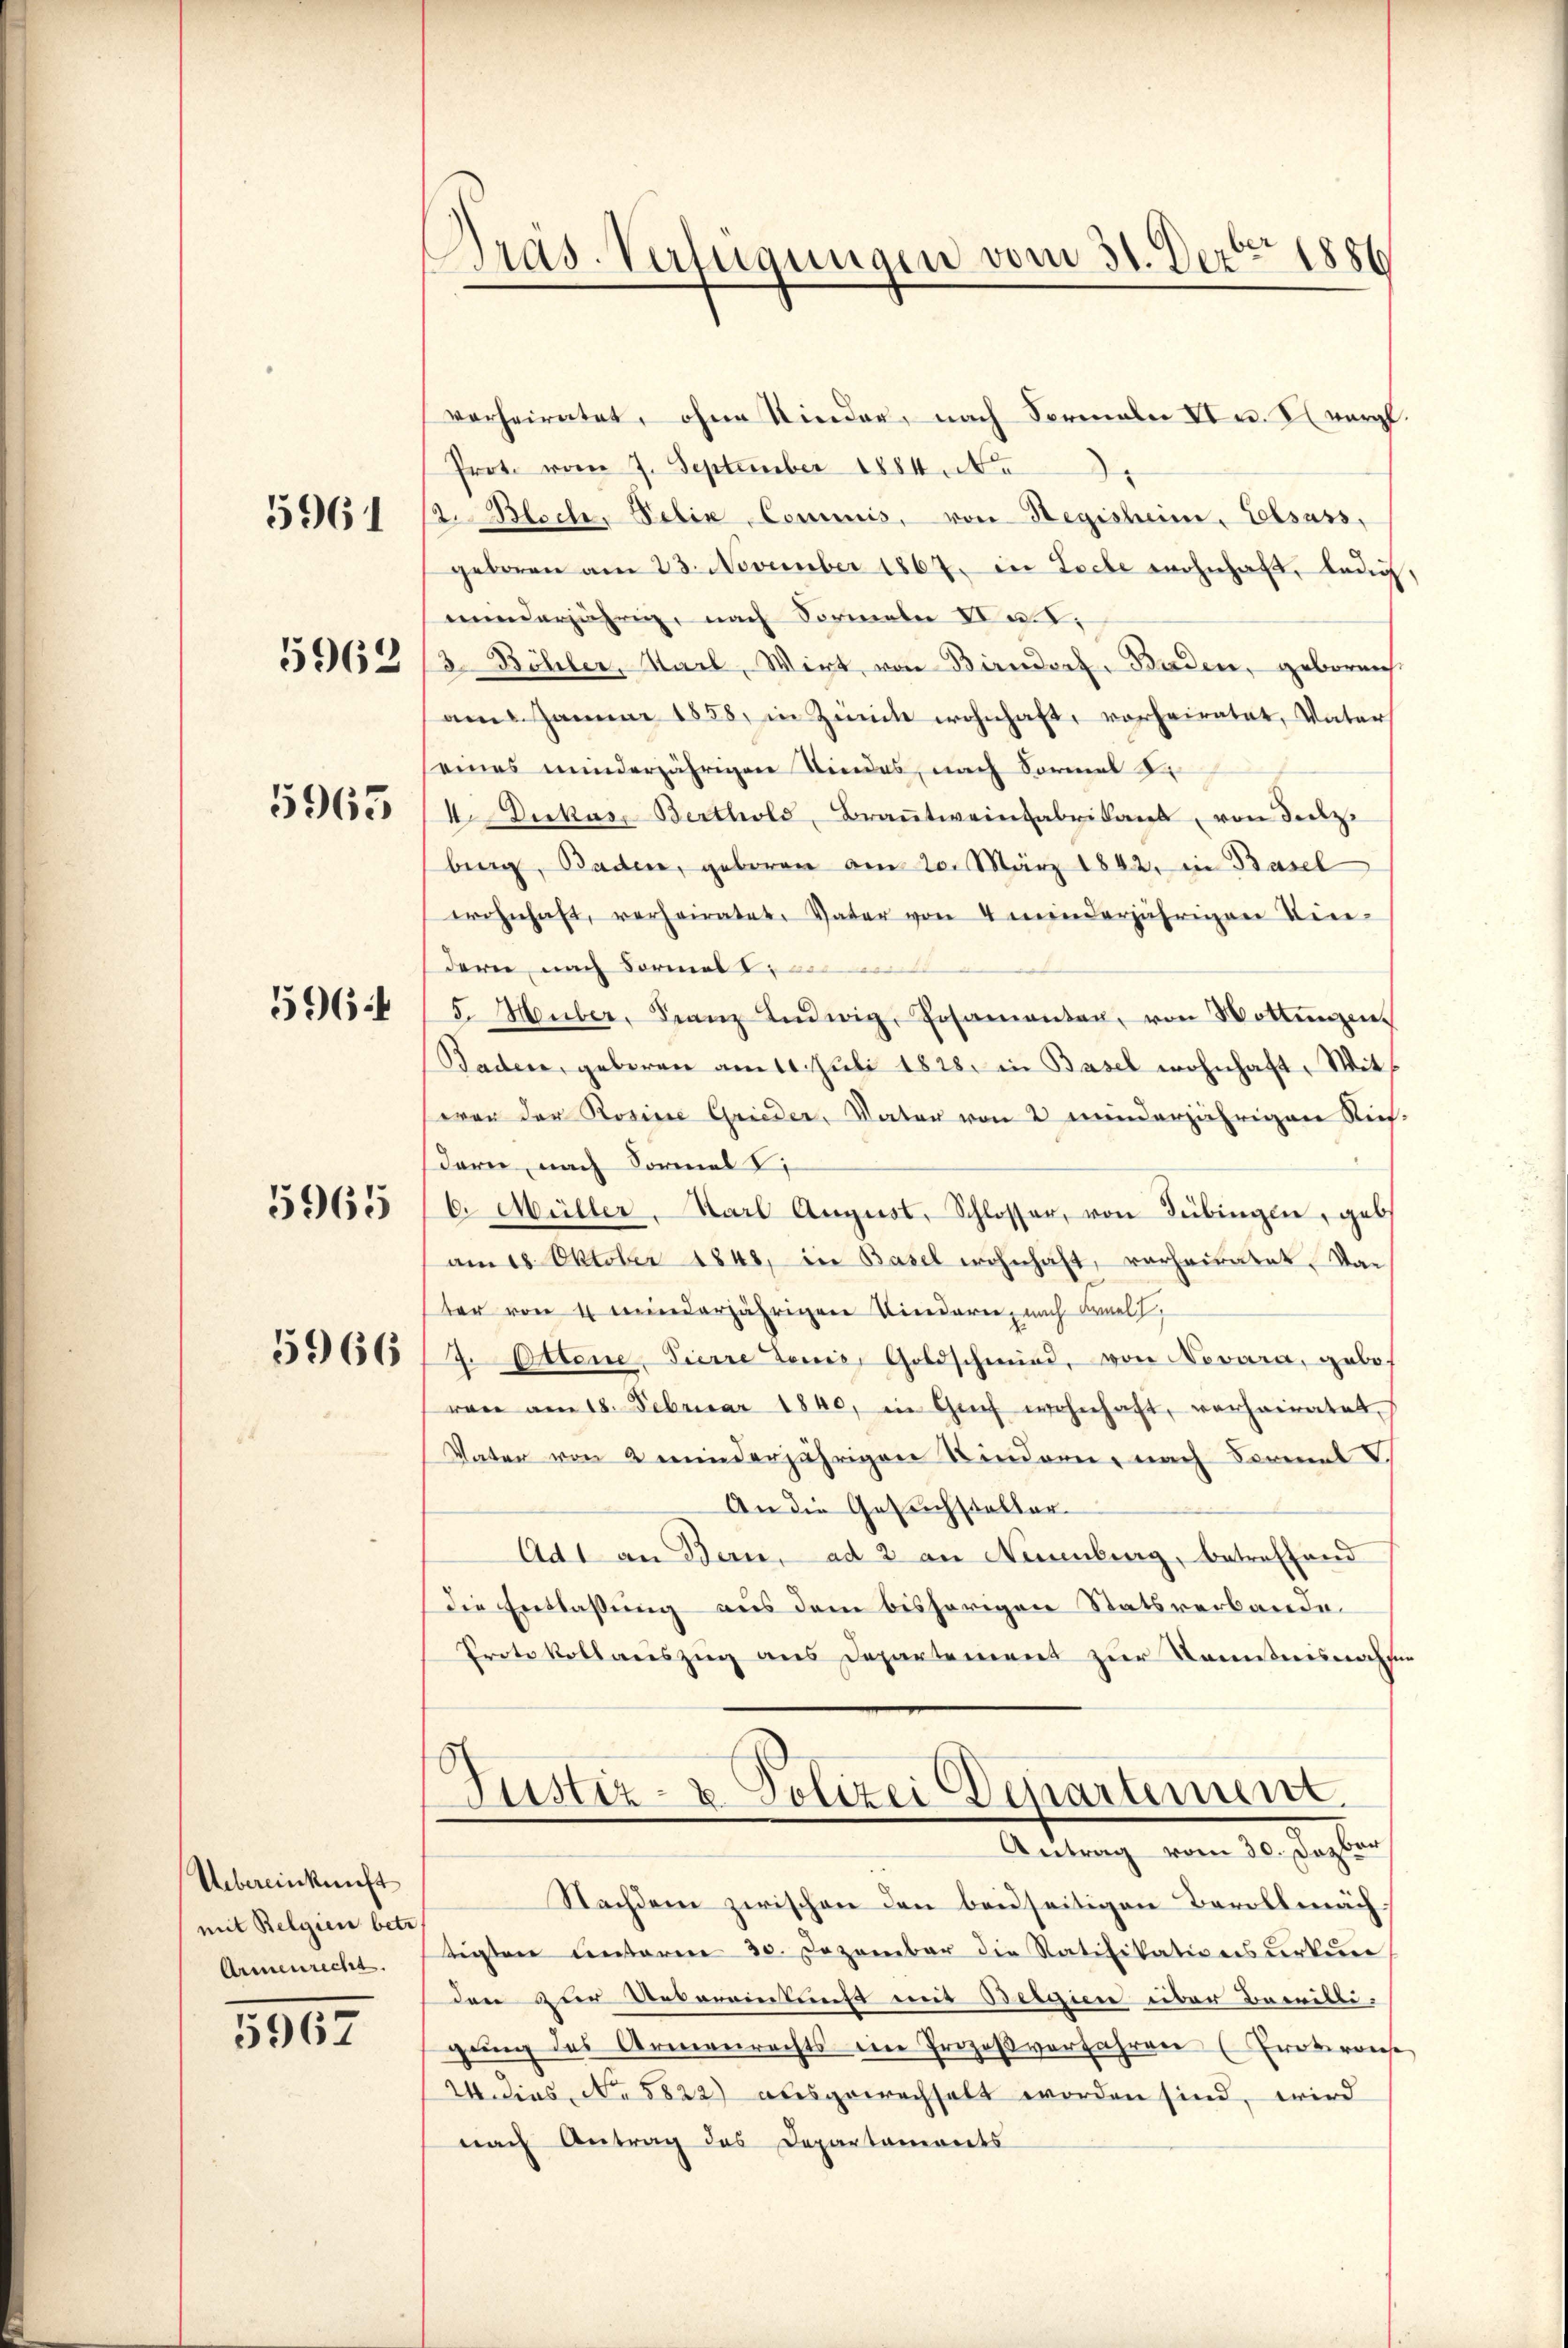
5961

5962

5965

596.

5965

5966

Uebereinkunft
mit Belgien betr
Armenrecht.

5967

Pras Verfügungen vom 31. Dezbr. 1886

verheiratet, ohne Kinder, nach Formale II u. vergl
Prote vom 7. September 1884 No
2. Bloch, Felix Commis, von Regisheim, Elsass,
geboren am 23. November 1867. in Loche wohnhaft, ledig
minderjährig, nach Formeln Va. I,
3. Böhler, Starl, Wirt, von Birndorf, Baden, geboren.
am Januar 1858, in Zumik wohnhaft, vorheiratet, Vater
eines minderjährigen Kindes, nach Sormal di
4 Dukas, Berthold Braṅtweinfabrikant, von dez.
berg, Baden, geboren am 20. März 1842, in Basel
wohnhaft, verheiratet. Vater von 4 minderjährigen Ten-
dern nach Formelt, an mit
5. Heuber, Franz Ludwig, Posamenten, von Wottingen.
Baden, geboren am 10. Juli 1828. in Basel wohnhaft, Miteran der Rosine Grieder, Vater von 2 minderjährigen Rich
dern nach Formal
C. Müller-Karl August, Schlosser, von Tübingen, geb
am 18. Oktober 1848, in Basel wohnhaft, verheiratet, Vater von 4 minderjährigen Vinderen, nach Knelt,
2. Ottene, Tierre Decis, Goldschmied, von Novara, geboh
rare am 18. Februar 1840, in Genf wohnhaft, verheiratet,
Vater von 2 minderjährigen Kindern nach Formal V
An die Gesuchstalter
Ad1 an Bern, ad 2 an Neuenburg, betreffend
die Entlaßung aus dem bisherigen Statsverbande
Protokollauszug aus Departement zur Kenntnisnahse
.
Justiz- & Polizei Departement.
Antrag vom 30. Dezber
Nachdem zwischen den beidseitigen Bevollmäch
tigten unterm 30. Dezember die Ratifikationsurkun
den zur Reberenddunst mit Beigen über Bewilligung des Armenrechts ein Prozeßverfahren (Erotrans
24 dies No 5822) ausgewechselt worden sind, wird
nach Antrag des Departemonts